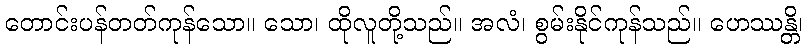
တောင်းပန်တတ်ကုန်သော။ သော၊ ထိုလူတို့သည်။ အလံ၊ စွမ်းနိုင်ကုန်သည်။ ဟေဿန္တိ၊